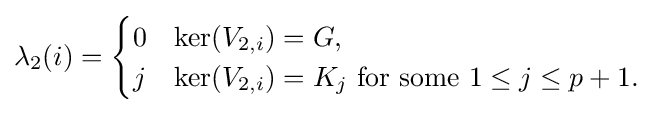
\lambda _{2}(i)={\begin{cases}0&\ker(V_{2,i})=G,\\j&\ker(V_{2,i})=K_{j}{\text{ for some }}1\leq j\leq p+1.\end{cases}}